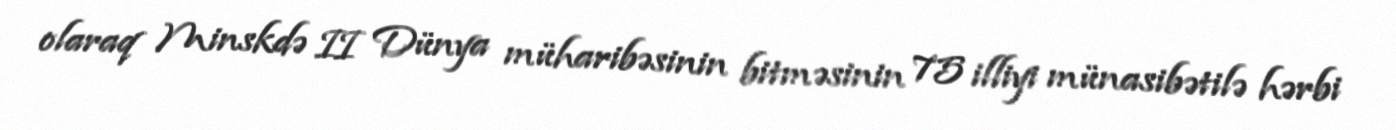
olaraq Minskdə II Dünya müharibəsinin bitməsinin 75 illiyi münasibətilə hərbi